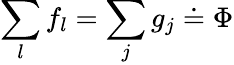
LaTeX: \sum_{l}f_{l}=\sum_{j}g_{j}\doteq\Phi